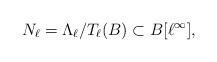
LaTeX: \begin{align*}N_\ell=\Lambda_\ell/T_\ell(B)\subset B[\ell^\infty],\end{align*}